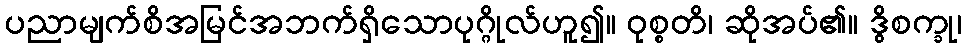
ပညာမျက်စိအမြင်အဘက်ရှိသောပုဂ္ဂိုလ်ဟူ၍။ ဝုစ္စတိ၊ ဆိုအပ်၏။ ဒွိစက္ခု၊